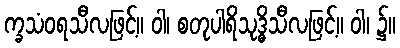
က္ခသံဝရသီလဖြင့်။ ဝါ၊ စတုပါရိသုဒ္ဓိသီလဖြင့်။ ဝါ၊ ၌။